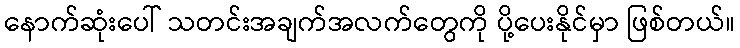
နောက်ဆုံးပေါ် သတင်းအချက်အလက်တွေကို ပို့ပေးနိုင်မှာ ဖြစ်တယ်။